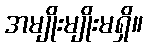
အမျိုးမျိုးမရှိ။